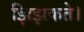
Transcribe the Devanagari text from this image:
झिझकते।